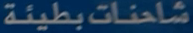
شاحنات-بطيئة